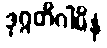
ဒုဂ္ဂတိဂါမိနံ